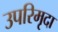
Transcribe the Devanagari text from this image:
उपरिमृदा